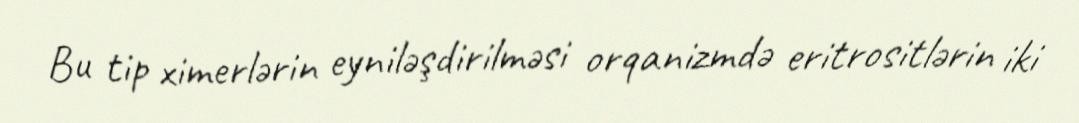
Bu tip ximerlərin eyniləşdirilməsi orqanizmdə eritrositlərin iki